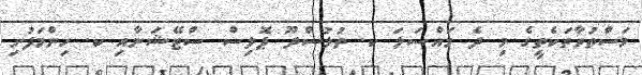
މަސްތުވާތަކެތީގެ މި ދެ މައްސަލަ ކ. ތުލުސްދޫ ޕޮލިސް ސްޓޭޝަނާއި ކ. ހިންމަފުށި